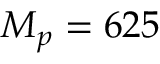
M _ { p } = 6 2 5